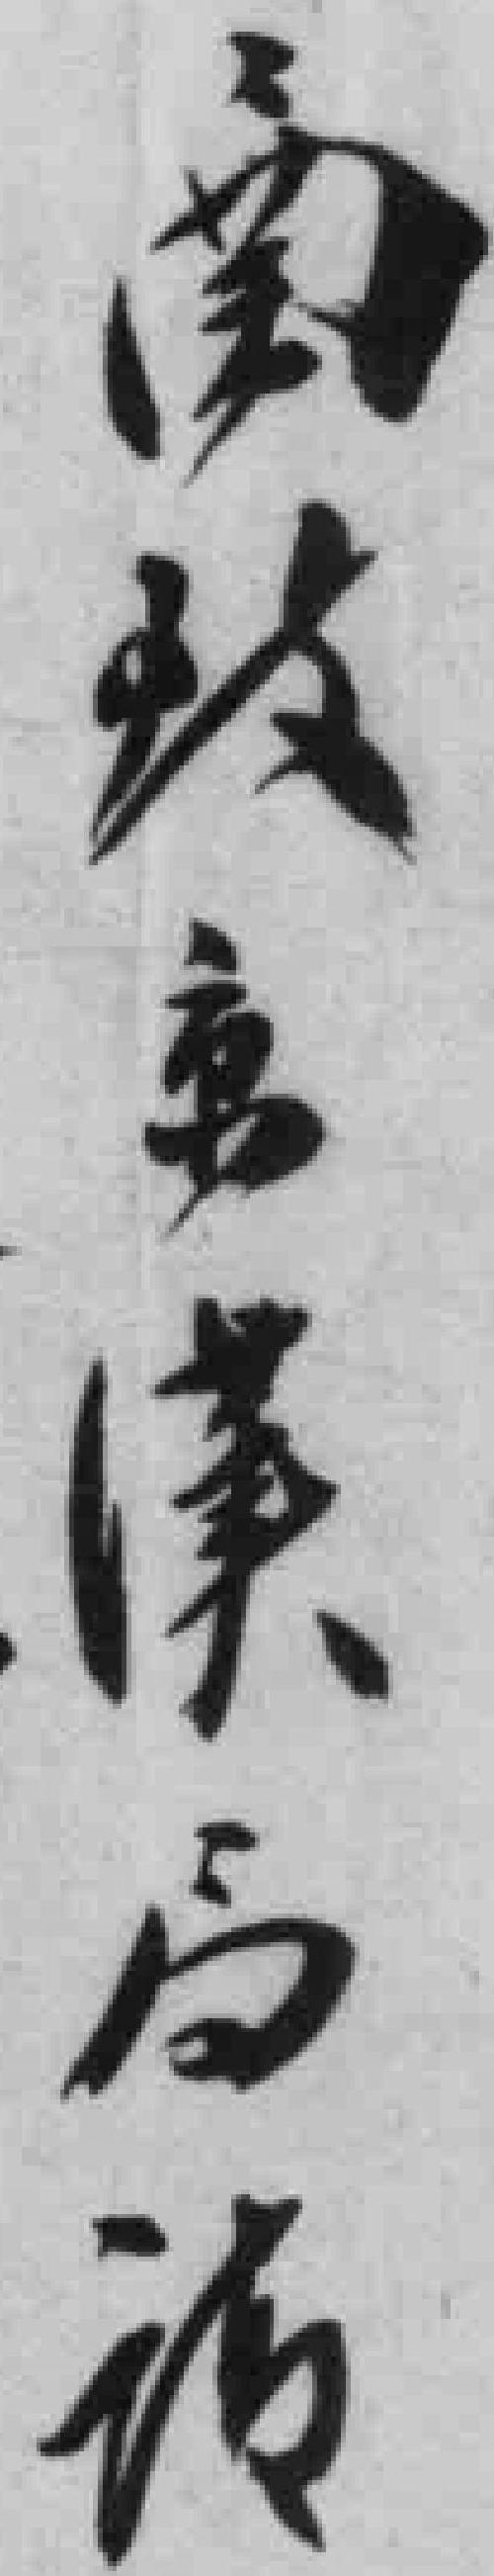
圅致京漢局*